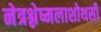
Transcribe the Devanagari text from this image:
नेत्रश्लेष्मलाशोथसी